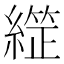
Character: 𦄙